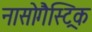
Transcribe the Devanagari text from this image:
नासोगैस्ट्रिक